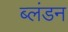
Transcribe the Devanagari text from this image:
ब्लंडन